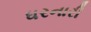
ધરનારી